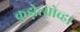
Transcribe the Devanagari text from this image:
कुझ्नेत्सोव्हा